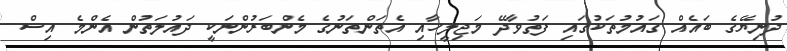
ދުނިޔޭގެ ބައެއް ގައުމުތަކުގައި ފަތުވާދޭ މަޖިލީހާއި އެތަންތަނުގެ މެންބަރުންނަކީ ދައުލަތުން އެންމެ އިސް